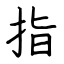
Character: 指